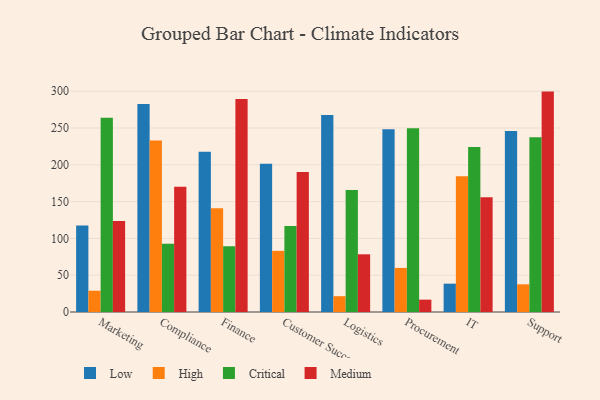
{"axis": {"x": "Department", "y": "Shipments"}, "legend": ["Critical", "High", "Low", "Medium"], "data": [{"x": "Marketing", "y": 117.5, "type": "Low"}, {"x": "Marketing", "y": 28.9, "type": "High"}, {"x": "Marketing", "y": 263.8, "type": "Critical"}, {"x": "Marketing", "y": 123.6, "type": "Medium"}, {"x": "Compliance", "y": 282.8, "type": "Low"}, {"x": "Compliance", "y": 232.9, "type": "High"}, {"x": "Compliance", "y": 92.9, "type": "Critical"}, {"x": "Compliance", "y": 170.1, "type": "Medium"}, {"x": "Finance", "y": 217.8, "type": "Low"}, {"x": "Finance", "y": 141.1, "type": "High"}, {"x": "Finance", "y": 89.3, "type": "Critical"}, {"x": "Finance", "y": 289.4, "type": "Medium"}, {"x": "Customer Success", "y": 201.4, "type": "Low"}, {"x": "Customer Success", "y": 83.1, "type": "High"}, {"x": "Customer Success", "y": 117.0, "type": "Critical"}, {"x": "Customer Success", "y": 190.1, "type": "Medium"}, {"x": "Logistics", "y": 267.7, "type": "Low"}, {"x": "Logistics", "y": 21.5, "type": "High"}, {"x": "Logistics", "y": 165.9, "type": "Critical"}, {"x": "Logistics", "y": 78.4, "type": "Medium"}, {"x": "Procurement", "y": 248.4, "type": "Low"}, {"x": "Procurement", "y": 59.9, "type": "High"}, {"x": "Procurement", "y": 249.7, "type": "Critical"}, {"x": "Procurement", "y": 16.8, "type": "Medium"}, {"x": "IT", "y": 38.5, "type": "Low"}, {"x": "IT", "y": 184.6, "type": "High"}, {"x": "IT", "y": 224.3, "type": "Critical"}, {"x": "IT", "y": 155.9, "type": "Medium"}, {"x": "Support", "y": 246.0, "type": "Low"}, {"x": "Support", "y": 37.6, "type": "High"}, {"x": "Support", "y": 237.6, "type": "Critical"}, {"x": "Support", "y": 299.5, "type": "Medium"}]}